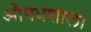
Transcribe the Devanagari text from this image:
औषधशाला